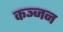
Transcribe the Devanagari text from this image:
कञ्जन